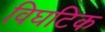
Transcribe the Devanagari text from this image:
विघटिक